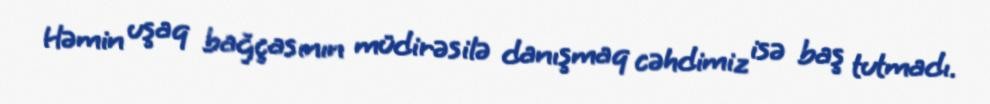
Həmin uşaq bağçasının müdirəsilə danışmaq cəhdimiz isə baş tutmadı.